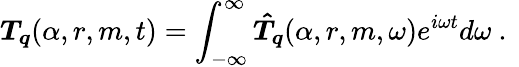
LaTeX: \boldsymbol{T_{q}}(\alpha,r,m,t)=\int_{-\infty}^{\infty}\boldsymbol{\hat{T}_{q}}(\alpha,r,m,\omega)e^{i\omega t}d\omega\mathrm{~.~}